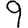
Digit: 9